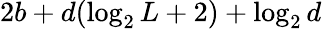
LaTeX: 2b+d(\log_{2}{L}+2)+\log_{2}{d}